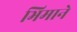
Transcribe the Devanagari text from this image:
भिमानेे